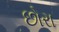
છોરા